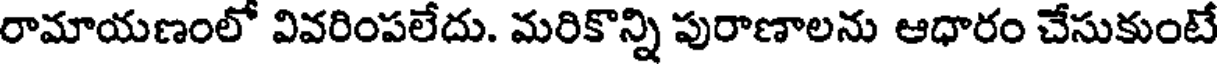
రామాయణంలో వివరింపలేదు. మరికొన్ని పురాణాలను ఆధారం చేసుకుంటే